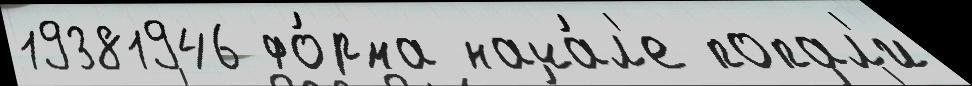
19381946 фо́рма нача́л'е попал'и